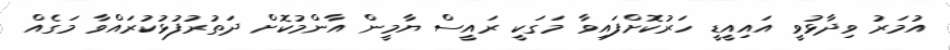
އުމަރު ވިދާޅުވީ އައިއީޑީ ހަރުކޮށްފައިވާ މަގަކީ ރައީސް ޔާމީން އާންމުކޮށް ދަތުރުފުޅުކުރައްވާ މަގެއް